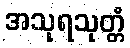
အသုရသုတ္တံ